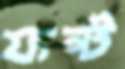
ফন্ট